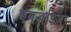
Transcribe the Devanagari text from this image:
एनर्जाइज़र